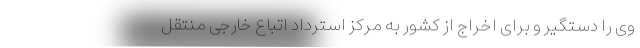
وی را دستگیر و برای اخراج از کشور به مرکز استرداد اتباع خارجی منتقل